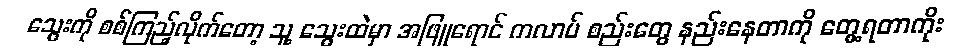
သွေးကို စစ်ကြည့်လိုက်တော့ သူ့ သွေးထဲမှာ အဖြူရောင် ကလာပ် စည်းတွေ နည်းနေတာကို တွေ့ရတာကိုး